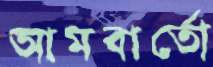
আমবার্তো